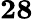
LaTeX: \mathbf{28}